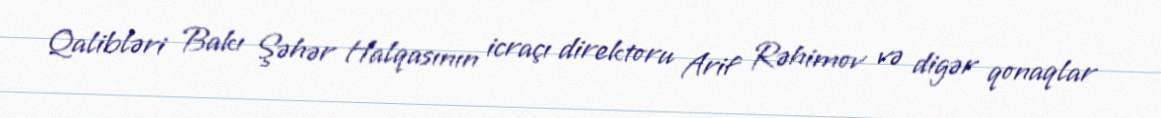
Qalibləri Bakı Şəhər Halqasının icraçı direktoru Arif Rəhimov və digər qonaqlar